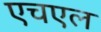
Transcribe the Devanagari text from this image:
एचएल